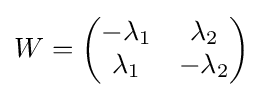
W={\begin{pmatrix}-\lambda _{1}&\lambda _{2}\\\lambda _{1}&-\lambda _{2}\end{pmatrix}}